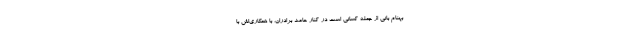
بهنام بانی از جمله کسانی است در کنار حامد برادران، با همکاری‌اش با